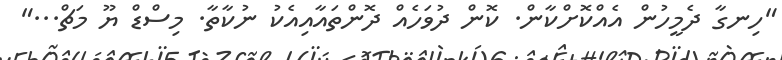
"ހިނގާ ދެމީހުން އެއްކޮށްކާން. ކޮން ދުވަހެއް ދޮންތައާއިއެކު ނުކާތާ. މިސްޑް ޔޫ މަޗް..."